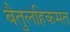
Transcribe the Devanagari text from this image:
बैतुलहिकमत